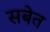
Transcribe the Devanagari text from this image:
सबेत